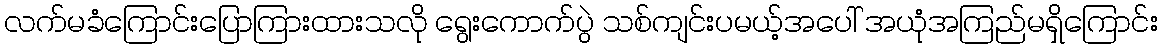
လက်မခံကြောင်းပြောကြားထားသလို ရွေးကောက်ပွဲ သစ်ကျင်းပမယ့်အပေါ် အယုံအကြည်မရှိကြောင်း